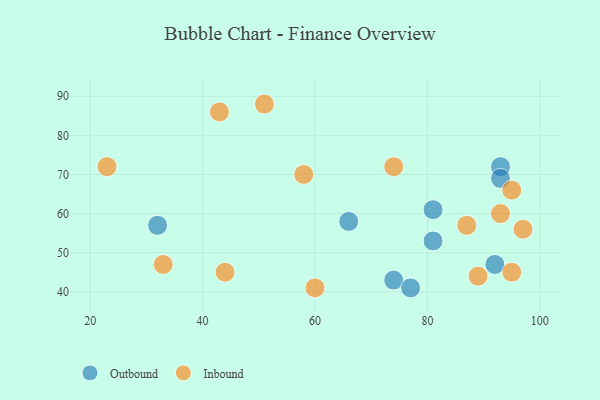
{"axis": {"x": "GDP", "y": "Life Expectancy"}, "legend": ["Inbound", "Outbound"], "data": [{"x": "66", "y": 58, "type": "Outbound"}, {"x": "32", "y": 57, "type": "Outbound"}, {"x": "74", "y": 43, "type": "Outbound"}, {"x": "77", "y": 41, "type": "Outbound"}, {"x": "81", "y": 61, "type": "Outbound"}, {"x": "92", "y": 47, "type": "Outbound"}, {"x": "81", "y": 53, "type": "Outbound"}, {"x": "93", "y": 72, "type": "Outbound"}, {"x": "93", "y": 69, "type": "Outbound"}, {"x": "95", "y": 66, "type": "Inbound"}, {"x": "74", "y": 72, "type": "Inbound"}, {"x": "58", "y": 70, "type": "Inbound"}, {"x": "93", "y": 60, "type": "Inbound"}, {"x": "89", "y": 44, "type": "Inbound"}, {"x": "60", "y": 41, "type": "Inbound"}, {"x": "44", "y": 45, "type": "Inbound"}, {"x": "23", "y": 72, "type": "Inbound"}, {"x": "33", "y": 47, "type": "Inbound"}, {"x": "51", "y": 88, "type": "Inbound"}, {"x": "95", "y": 45, "type": "Inbound"}, {"x": "97", "y": 56, "type": "Inbound"}, {"x": "87", "y": 57, "type": "Inbound"}, {"x": "43", "y": 86, "type": "Inbound"}]}